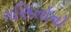
ગણિતોનો